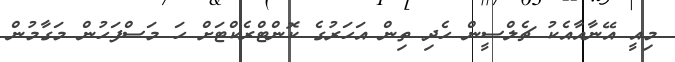
މިއީ އޭނާއާއެކު ޗެލްސީން ހެދި ތިން އަހަރުގެ ކޮންޓްރެކްޓަށް ހަ މަސްފަހުން މަގާމުން